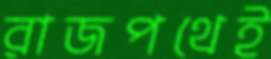
রাজপথেই